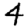
Digit: 4